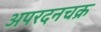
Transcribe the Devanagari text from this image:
अपरदनचक्र